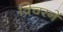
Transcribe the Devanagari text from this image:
विचरनें